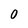
Character: 0